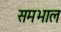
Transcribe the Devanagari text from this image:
समभाल